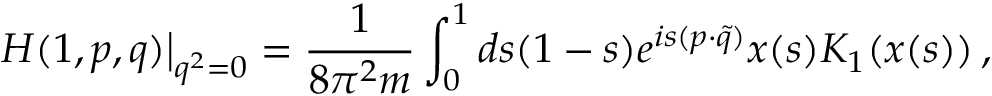
\left. H ( 1 , p , q ) \right| _ { q ^ { 2 } = 0 } = \frac { 1 } { 8 \pi ^ { 2 } m } \int _ { 0 } ^ { 1 } d s ( 1 - s ) e ^ { i s ( p \cdot \tilde { q } ) } x ( s ) K _ { 1 } ( x ( s ) ) \, ,